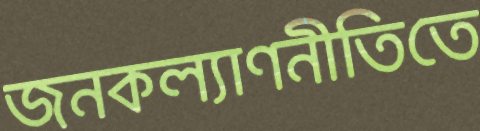
জনকল্যাণনীতিতে